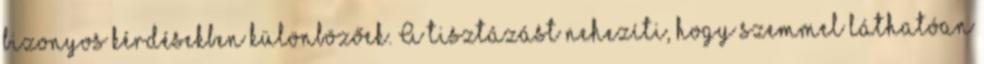
bizonyos kérdésekben különbözőek. A tisztázást nehezíti, hogy szemmel láthatóan